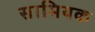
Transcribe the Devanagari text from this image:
सामियक